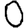
Digit: 0